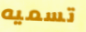
تسميه